Sketch of the medical history of the native army of Bombay, for the year
Year: 1870
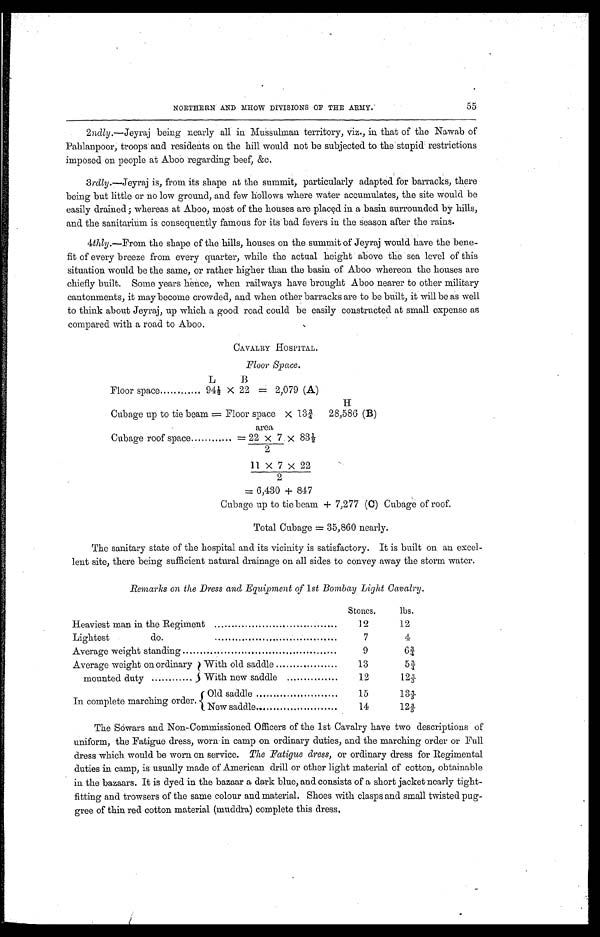
NORTHERN AND MHOW DIVISIONS OF THE .ARMY.
55
2ndly.—Jeyraj being nearly all in Mussulman territory, viz., in that of the Nawab of
Pahlanpoor; troops and residents on the hill would not be subjected to the stupid restrictions
imposed on people at Aboo regarding beef, &c.
3rdly.—Jeyraj is, from its shape at the summit, particularly adapted for barracks, there
being but little or no low ground, and few hollows where water accumulates, the site Would be
easily drained ; whereas at Aboo, most of the houses are placed in a basin surrounded by hills,
and the sanitarium is consequently famous for its bad fevers in the season after the rains.
4thly.—From the shape of the hills, houses on the summit of Jeyraj would have the bene-
fit of every breeze from every quarter, while the actual height above the sea level of this
situation would be the same, or rather higher than the basin of Aboo whereon the houses are
chiefly built. Some years hence, when railways have brought Aboo nearer to other military
cantonments, it may become crowded, and when other barracks are to be built, it will be as well
to think about Jeyraj, up which a good road could be easily constructed at small expense as
compared with a road to Aboo.
CAVALRY HOSPITAL.
Floor Space.
L B
Floor space............................94½ X 22=2,079 (A)
H
Cubage up to tie beam=Floor space X 13/¾ 28,586 (B)
area
Cubage roof space......................=22 x 7/2 x 83
½
11 X 7 X 22
/2
Cubage up to tie beam + 7,277 (C) Cubage of roof.
Total Cubage = 35,860 nearly.
The sanitary state of the hospital and its vicinity is satisfactory. It is built on an excel
-lent site, there being sufficient natural drainage on all sides to convey away the storm water.
Remarks on the Dress and Equipment of 1st Bombay Light Cavalry.
Stones.
lbs.
Heaviest man in the Regiment.....................................
12
12
Lightest do......................................
7
4
Average weight standing............................................
9
6 ¾
Average weight on ordinary
mounted duty.................
With old saddle...................
13
5 ¾
With new saddle.................
12
1 2 3 / 5
In complete marching order.
Old saddle .......................
15
1 3 3 / 5
14
1 2 3 / 5
New saddle.........................
The Sowars and Non-Commissioned Officers of the 1st Cavalry have two descriptions of
uniform, the Fatigue dress, worn in camp on ordinary duties, and the marching order or Full
dress which would be worn on service. The Fatigue dress, or ordinary dress for Regimental
duties in camp, is usually made of American drill or other light material of cotton, obtainable
in the bazaars. It is dyed in the bazaar a dark blue, and consists of a short jacket nearly tight
-fitting and trowsers of the same colour and material. Shoes with clasps and small twisted pug
- g r e e o f t h i n r e d c o t t o n m a t e r i a l ( m u d d r a ) c o m p l e t e t h i s d r e s s .